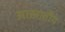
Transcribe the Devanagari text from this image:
आखातीय